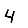
Digit: 4